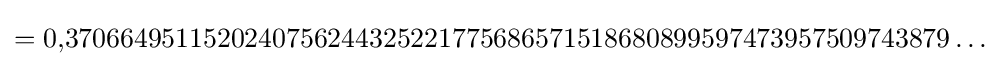
=0{,}3706649511520240756244325221775686571518680899597473957509743879\ldots